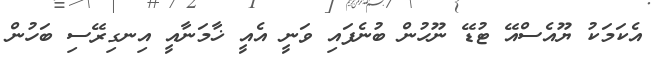
އެކަމަކު ޔޫއެސްއޭ ޓުޑޭ ނޫހުން ބުނެފައި ވަނީ އެއީ ޚާމަނާއީ އިނގިރޭސި ބަހުން